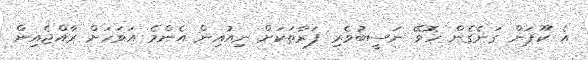
އެ ކޫޕަން ގަނެގެން ހޮވޭ ނަސީބުވެރި ފަރާތަކަށް ނިއުއިން އެންމެ އަވަހަށް ރާއްޖެއިން